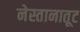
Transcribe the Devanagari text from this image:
नेस्तानातूट